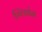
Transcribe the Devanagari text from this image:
ग्लिडेन